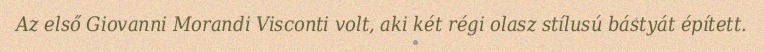
Az első Giovanni Morandi Visconti volt, aki két régi olasz stílusú bástyát épített.